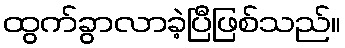
ထွက်ခွာလာခဲ့ပြီဖြစ်သည်။